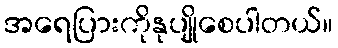
အရေပြားကိုနုပျိုစေပါတယ်။